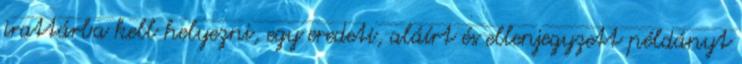
irattárba kell helyezni, egy eredeti, aláírt és ellenjegyzett példányt